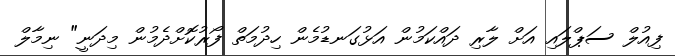
ފިއުލް ސަޕްލައި އަށް ލާރި ދައްކަމުން އަޅުގަނޑުމެން ހިދުމަތް ފޯރުކޮށްދެމުން މިދަނީ" ނިމާލް